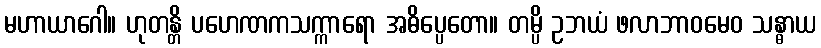
မဟာယာဂေါ။ ဟုတန္တိ ပဟေဏကသက္ကာရော အဓိပ္ပေတော။ တမ္ပိ ဥဘယံ ဖလာဘာဝမေဝ သန္ဓာယ